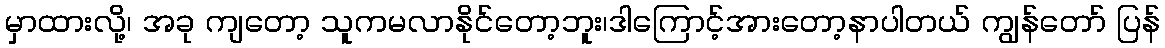
မှာထားလို့၊ အခု ကျတော့ သူကမလာနိုင်တော့ဘူး၊ဒါကြောင့်အားတော့နာပါတယ် ကျွန်တော် ပြန်